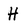
Character: H